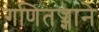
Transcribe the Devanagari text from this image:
गणितज्ज्ञाने